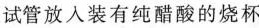
试管放入装有纯醋酸的烧杯